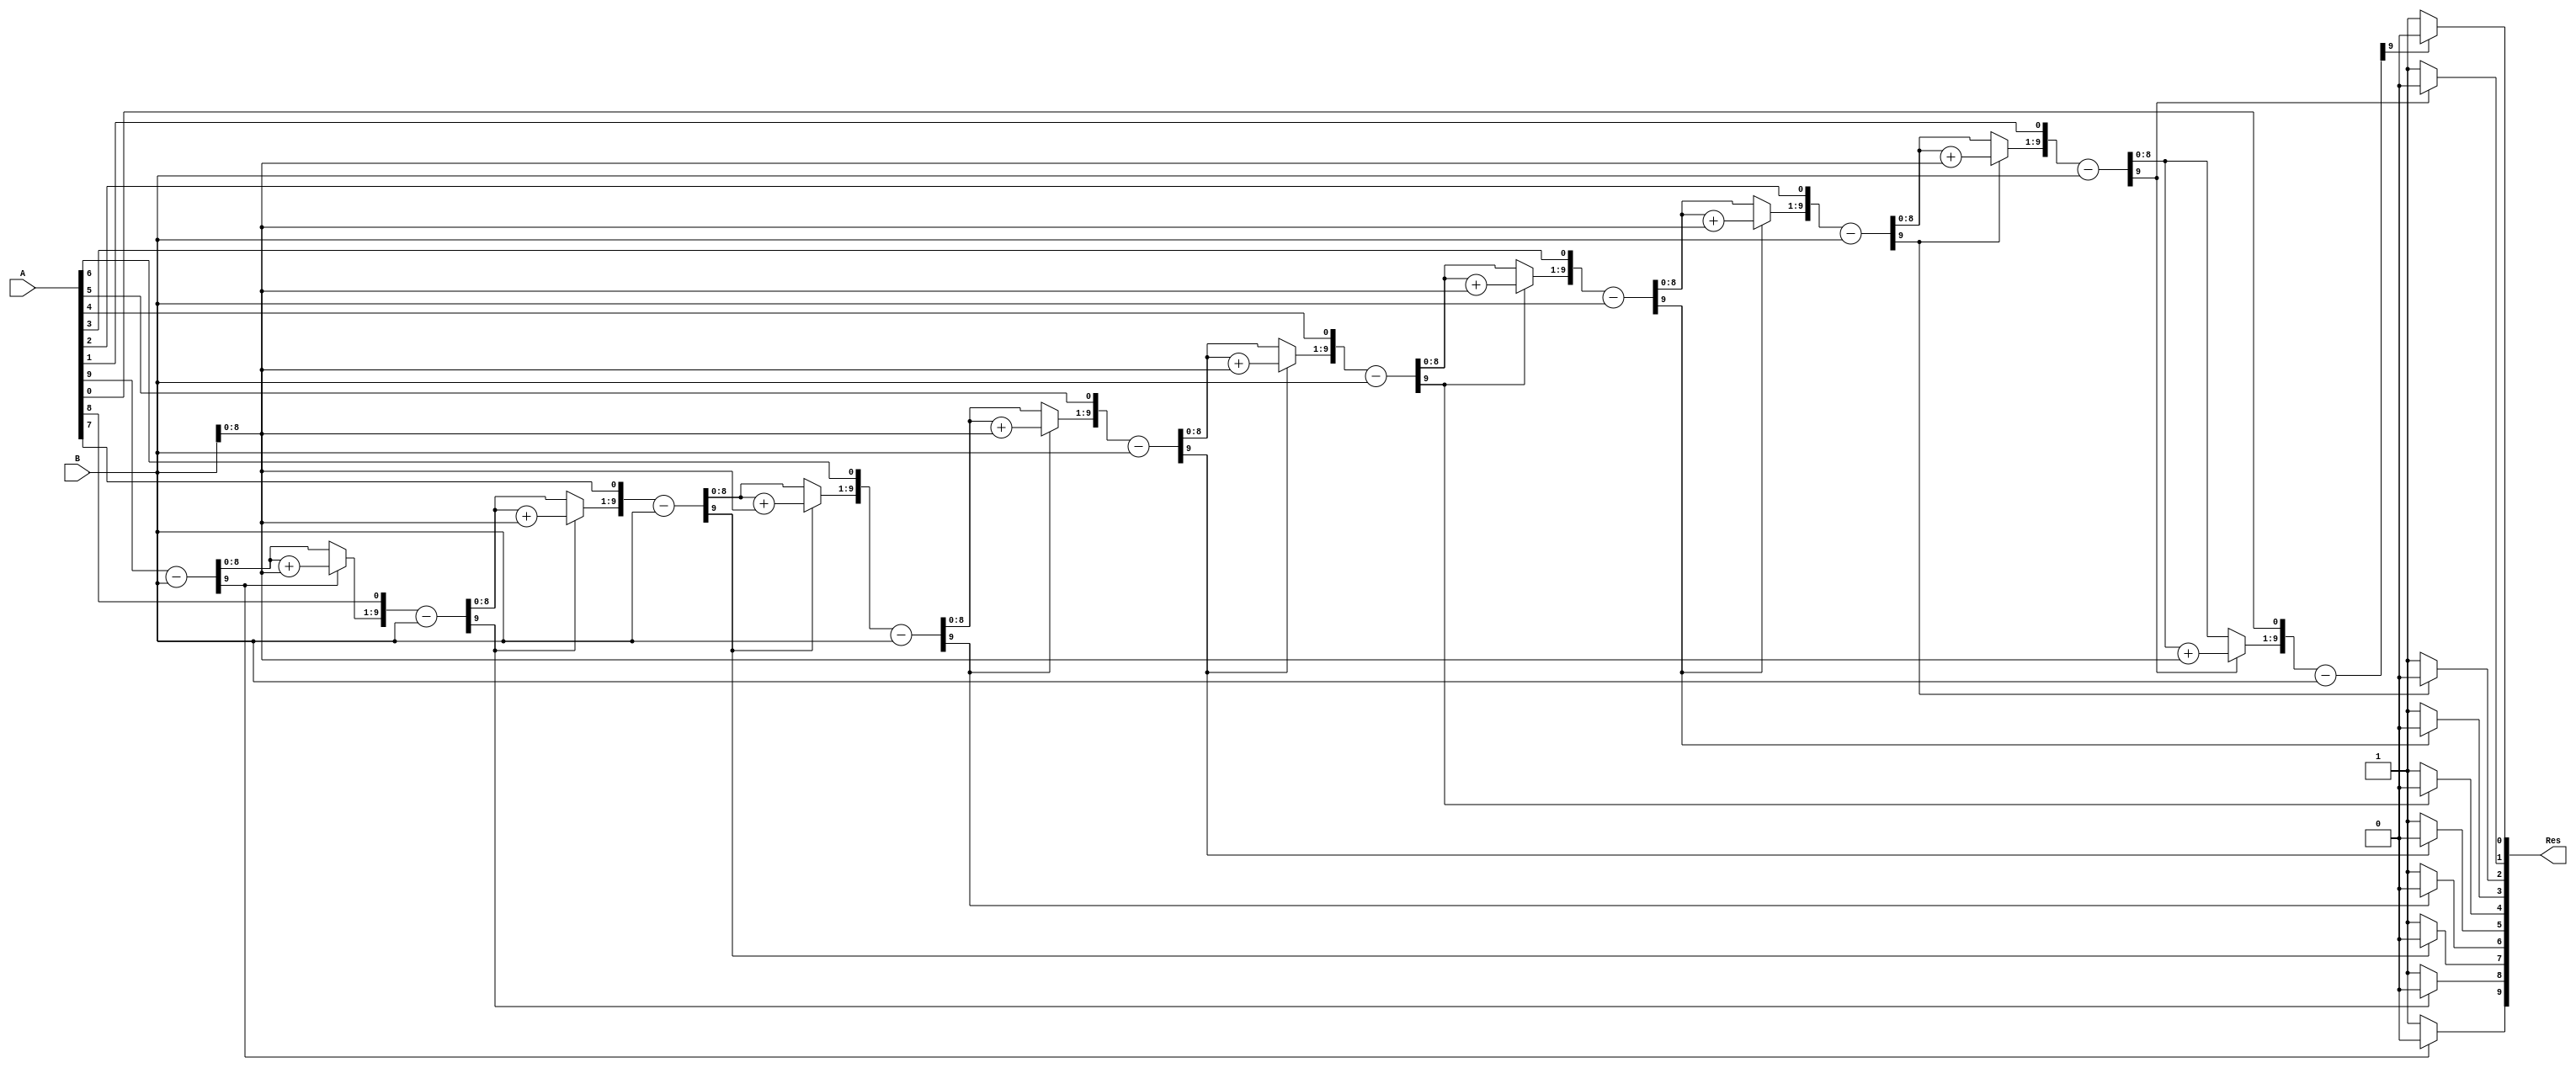
module division(A,B,Res);

//the size of input and output ports of the division module is generic.
    parameter WIDTH = 10;
//input and output ports.
    input [WIDTH-1:0] A;
    input [WIDTH-1:0] B;
    output [WIDTH-1:0] Res;
//internal variables
    reg [WIDTH-1:0] Res = 0;
    reg [WIDTH-1:0] a1,b1;
    reg [WIDTH:0] p1;
    integer i;

    always@ (A or B)
      begin
//initialize the variables.
      a1 = A;
      b1 = B;
      p1= 0;
    for(i=0;i < WIDTH;i=i+1) begin //start the for loop
      p1 = {p1[WIDTH-2:0],a1[WIDTH-1]};
      a1[WIDTH-1:1] = a1[WIDTH-2:0];
      p1 = p1-b1;
      if(p1[WIDTH-1] == 1) begin
      a1[0] = 0;
      p1 = p1 + b1; end
      else
      a1[0] = 1;
      end
      Res = a1;
      end

endmodule